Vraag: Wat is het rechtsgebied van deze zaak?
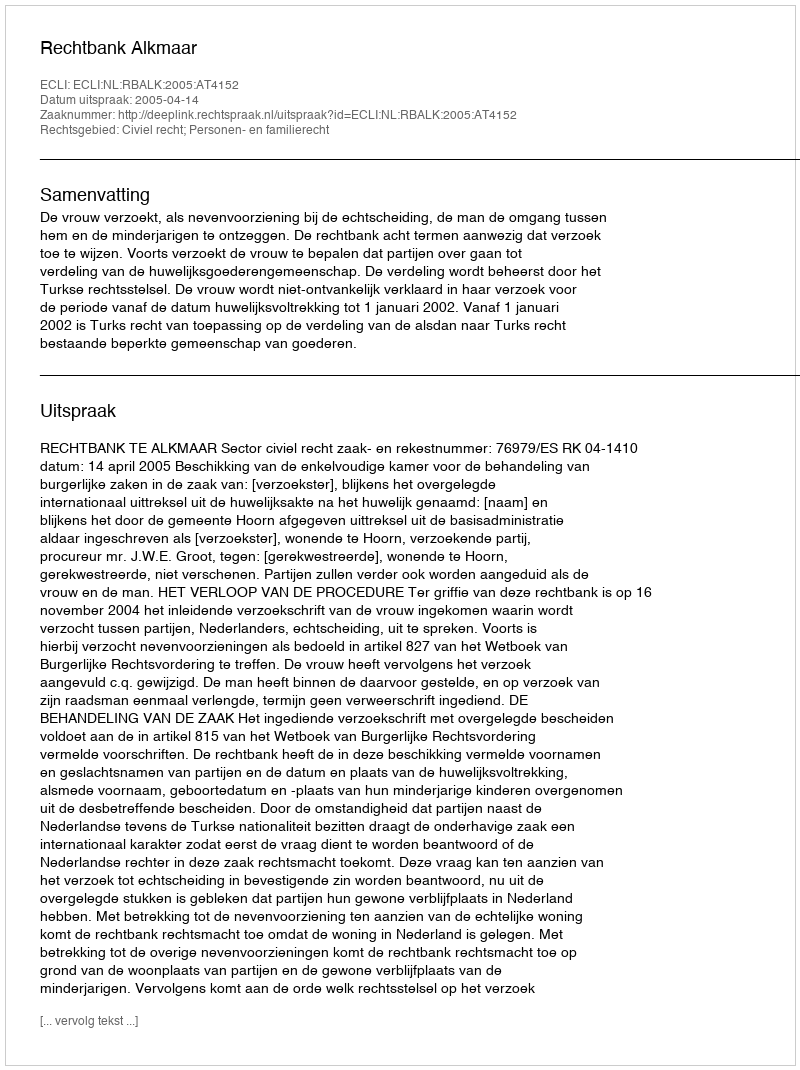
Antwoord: Civiel recht; Personen- en familierecht